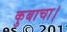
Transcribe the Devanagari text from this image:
कुबाचा।